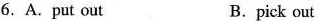
6. A.Put out B.pick out